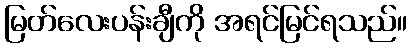
မြတ်လေးပန်းချီကို အရင်မြင်ရသည်။